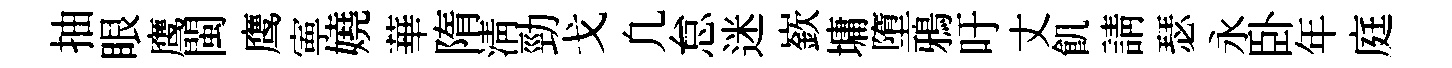
抽眼鹰閩鹰寕嬈華隋淸勁戈凢怠迷嶔墉墮鴉吁丈飢請瑟永卧年庭